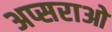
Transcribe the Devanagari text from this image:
अप्सराओ